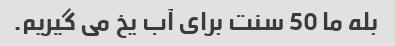
بله ما 50 سنت برای آب یخ می گیریم.